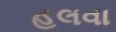
હલવા